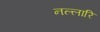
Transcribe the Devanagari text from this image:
नल्लारि